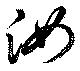
汝